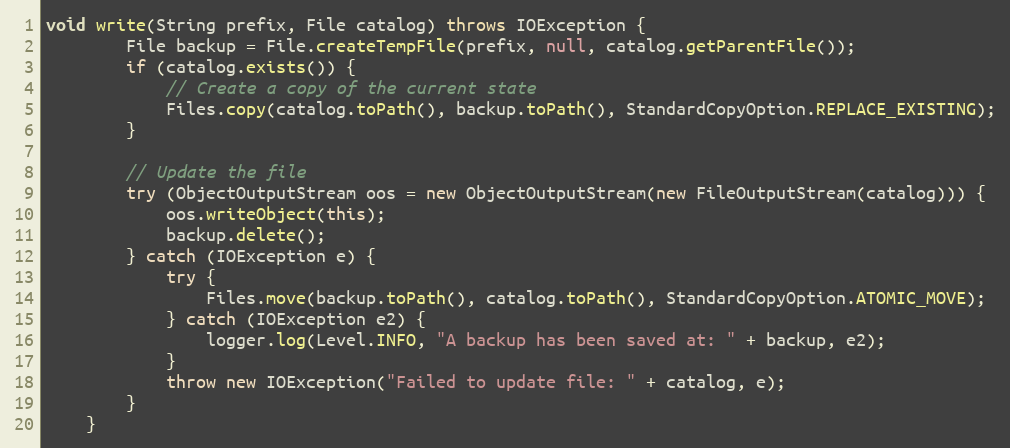
Language: Java
void write(String prefix, File catalog) throws IOException {
		File backup = File.createTempFile(prefix, null, catalog.getParentFile());
		if (catalog.exists()) {
			// Create a copy of the current state
			Files.copy(catalog.toPath(), backup.toPath(), StandardCopyOption.REPLACE_EXISTING);
		}

		// Update the file
		try (ObjectOutputStream oos = new ObjectOutputStream(new FileOutputStream(catalog))) {
			oos.writeObject(this);
			backup.delete();
		} catch (IOException e) {
			try {
				Files.move(backup.toPath(), catalog.toPath(), StandardCopyOption.ATOMIC_MOVE);
			} catch (IOException e2) {
				logger.log(Level.INFO, "A backup has been saved at: " + backup, e2);
			}
			throw new IOException("Failed to update file: " + catalog, e);
		}
	}